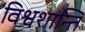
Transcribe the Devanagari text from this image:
विश्वशान्ति